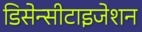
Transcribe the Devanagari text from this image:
डिसेन्सीटाइजेशन